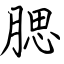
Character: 腮